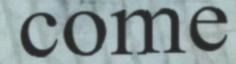
come